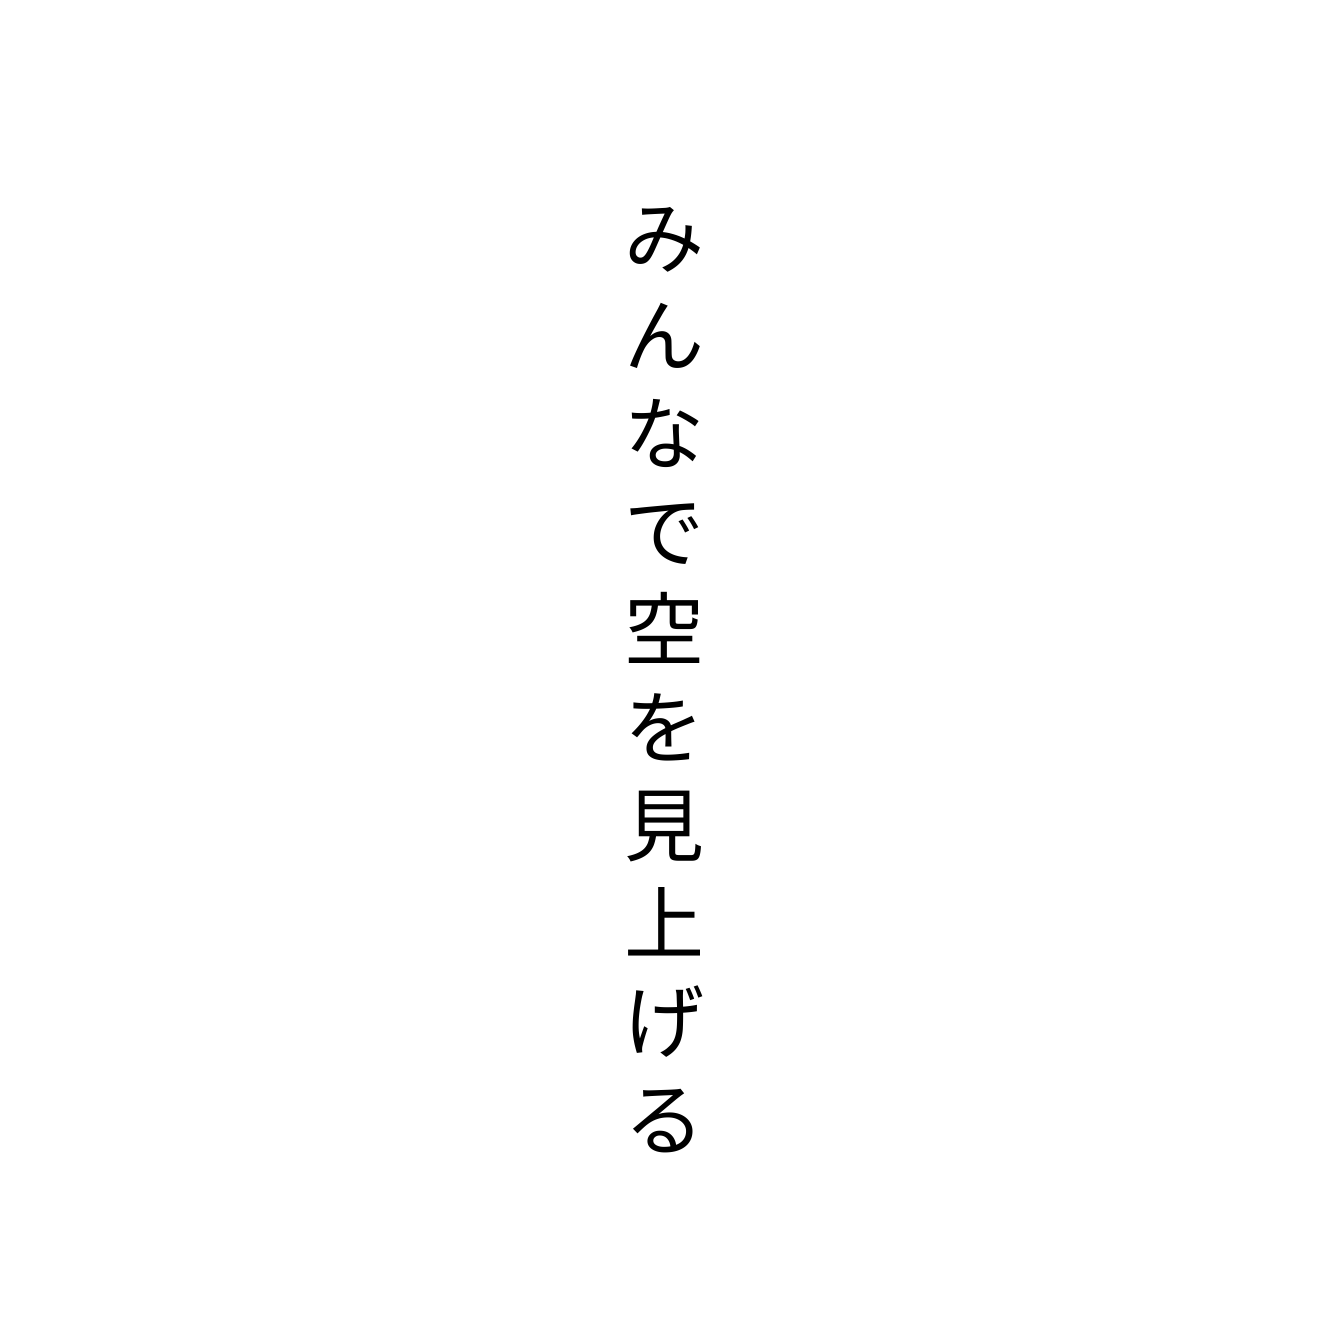
みんなで空を見上げる